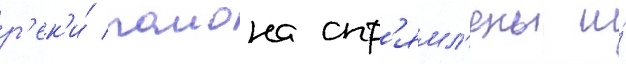
р'ек'и́ раиона спр'ямл'ены и́